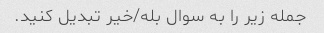
جمله زیر را به سوال بله/خیر تبدیل کنید.